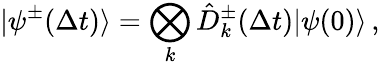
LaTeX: \vert\psi^{\pm}(\Delta t)\rangle=\bigotimes_{k}\hat{D}_{k}^{\pm}(\Delta t)\vert\psi(0)\rangle\, ,